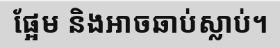
ផ្អែម និងអាចឆាប់ស្លាប់។